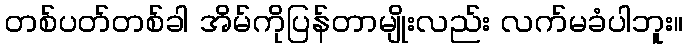
တစ်ပတ်တစ်ခါ အိမ်ကိုပြန်တာမျိုးလည်း လက်မခံပါဘူး။